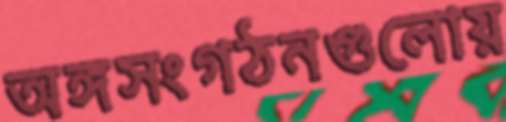
অঙ্গসংগঠনগুলোয়